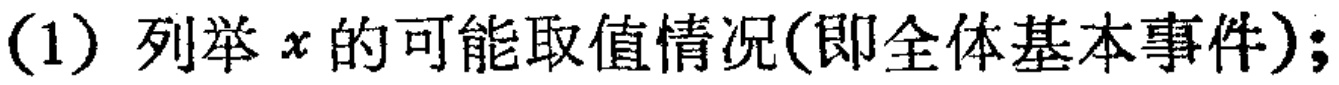
(1) 列举 \(x\) 的可能取值情况(即全体基本事件);